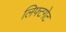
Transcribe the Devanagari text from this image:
लिफ्टगेट